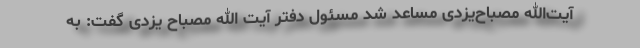
آیت‌الله مصباح‌یزدی مساعد شد مسئول دفتر آیت الله مصباح یزدی گفت: به